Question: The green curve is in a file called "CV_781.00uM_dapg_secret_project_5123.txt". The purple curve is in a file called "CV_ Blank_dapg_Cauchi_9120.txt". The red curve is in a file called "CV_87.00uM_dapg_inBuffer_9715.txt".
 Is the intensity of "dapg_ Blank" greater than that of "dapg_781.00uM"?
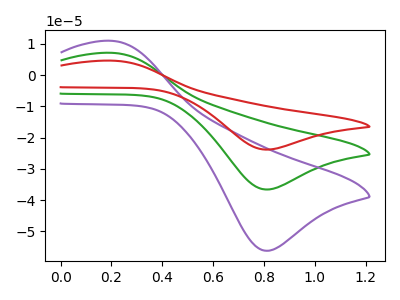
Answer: <think>The green curve "dapg_781.00uM" has an anodic peak at (0.20V, 7.20uA) and a cathodic peak at (0.80V, -36.60uA). The purple curve "dapg_ Blank" has an anodic peak at (0.20V, 11.05uA) and a cathodic peak at (0.80V, -56.20uA). The red curve "dapg_87.00uM" has an anodic peak at (0.20V, 14.35uA) and a cathodic peak at (0.80V, -73.20uA).
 All the peaks in "dapg_ Blank" have a peak in "dapg_781.00uM" at the same potential. Every peak in "dapg_ Blank" is higher than every peak in "dapg_781.00uM".</think>
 <answer>"dapg_ Blank" has more signal than "dapg_781.00uM".</answer>
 <eval>more_signal</eval>